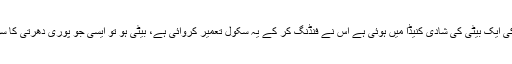
غذر کی ایک بیٹی کی شادی کنیڈا میں ہوئی ہے اس نے فنڈنگ کر کے یہ سکول تعمیر کروائی ہے، بیٹی ہو تو ایسی جو پوری دھرتی کا سوچے۔